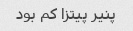
پنیر پیتزا کم بود